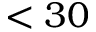
< 3 0